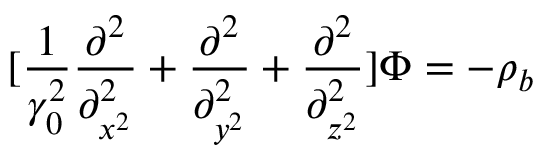
[ \frac { 1 } { \gamma _ { 0 } ^ { 2 } } \frac { \partial ^ { 2 } } { \partial _ { x ^ { 2 } } ^ { 2 } } + \frac { \partial ^ { 2 } } { \partial _ { y ^ { 2 } } ^ { 2 } } + \frac { \partial ^ { 2 } } { \partial _ { z ^ { 2 } } ^ { 2 } } ] \Phi = - \rho _ { b }